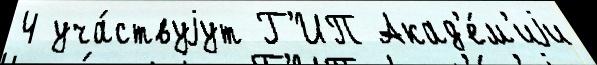
4 уча́ствуjут Г'ИП Акад'е́м'иjи